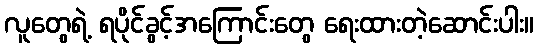
လူတွေရဲ့ ရပိုင်ခွင့်အကြောင်းတွေ ရေးထားတဲ့ဆောင်းပါး။